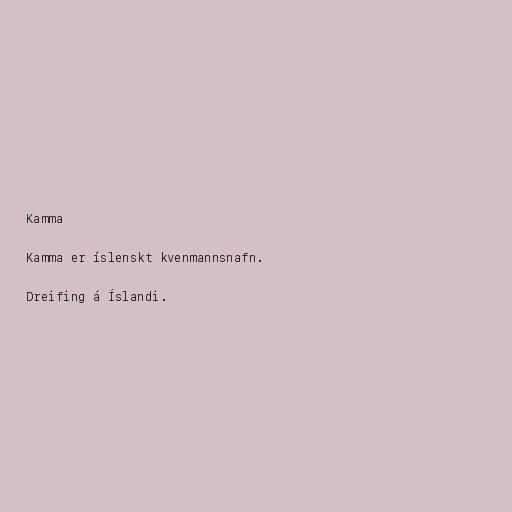
Kamma

Kamma er íslenskt kvenmannsnafn.

Dreifing á Íslandi.